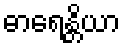
ဓာရေန္တိယာ